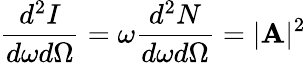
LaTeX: \frac{d^{2}I}{d\omega d\Omega}=\omega\frac{d^{2}N}{d\omega d\Omega}=|{\mathbf A}|^{2}